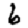
Digit: 6